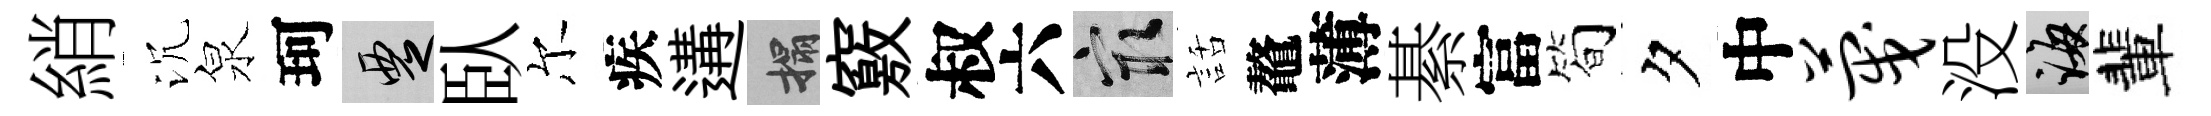
綃沉泉珂覂臥尔疾遘搨竅叔六冣話鼇薄綦富筍夕中蔑没誨輩